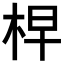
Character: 𣑬